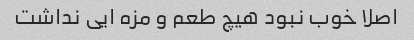
اصلا خوب نبود هیچ طعم و مزه ایی نداشت